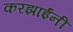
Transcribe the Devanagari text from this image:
करझाईंनी